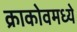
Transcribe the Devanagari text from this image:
क्राकोवमध्ये